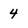
Character: 4